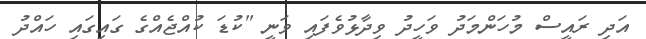
އަދި ރައީސް މުހަންމަދު ވަހީދު ވިދާޅުވެފައި ވަނީ "ކުޑަ ކުއްޖެއްގެ ގައިގައި ހަަައްދު